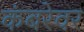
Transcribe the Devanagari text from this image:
कंबरेवर